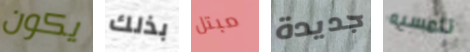
يكون بذلك مبتل جديدة تلمسيه